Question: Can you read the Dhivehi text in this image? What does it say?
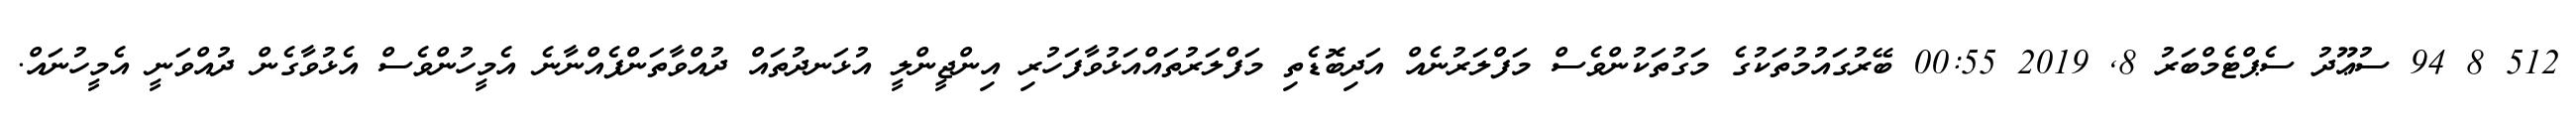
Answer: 512 8 94 ސުޢޫދު ސެޕްޓެމްބަރު 8, 2019 00:55 ބޭރުގައުމުތަކުގެ މަގުތަކުންވެސް މަފްލަރުނެއް އަދިބޮޑެތި މަފްލަރުތައްއަޅުވާފަހުރި އިންޖީންލީ އުޅަނދުތައް ދުއްވާތަންފެއްނާނެ އެމީހުންވެސް އެޅުވާގެން ދުއްވަނީ އެމީހުނައް.